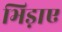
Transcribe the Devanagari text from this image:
भिड़ाए